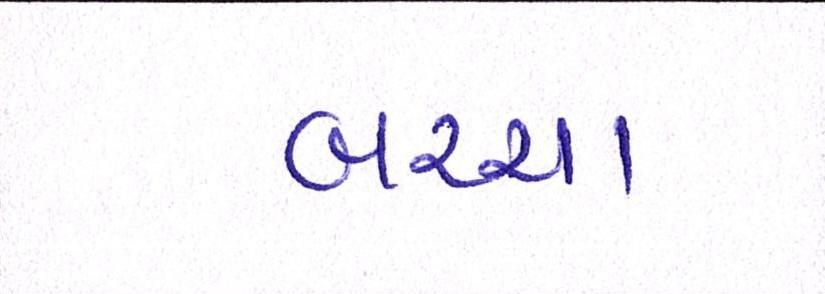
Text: બચ્ચા